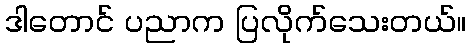
ဒါတောင် ပညာက ပြလိုက်သေးတယ်။